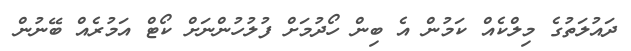
ދައުލަތުގެ މިލްކެއް ކަމުން އެ ބިން ހޯދުމަށް ފުލުހުންނަށް ކޯޓް އަމުރެއް ބޭނުން